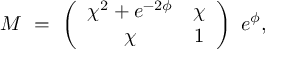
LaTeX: { \cal M } \, \, = \, \, \left( \begin{array} { c c } { { \chi ^ { 2 } + e ^ { - 2 { \phi } } } } & { { \chi } } \\ { { \chi } } & { { 1 } } \end{array} \right) \, \, e ^ { { \phi } } ,